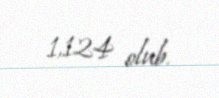
1,124 olub.